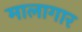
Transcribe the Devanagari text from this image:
मालागार